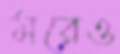
মরেও